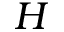
H